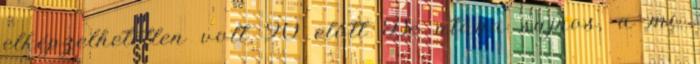
elképzelhetetlen volt 90 előtt De utána sajnos, a mi